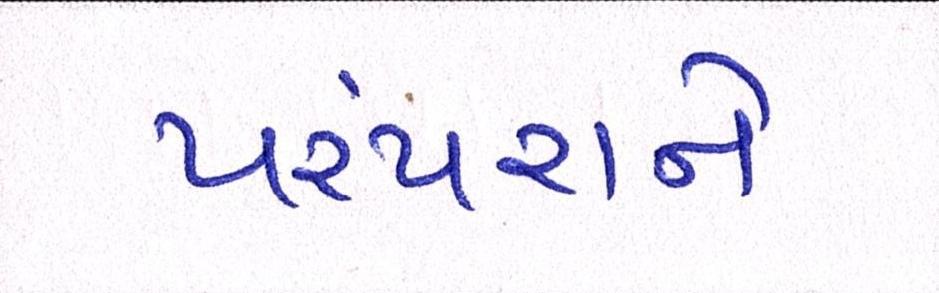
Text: પરંપરાને